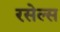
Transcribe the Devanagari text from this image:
रसेल्स